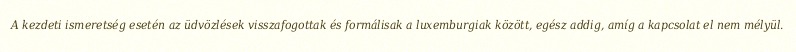
A kezdeti ismeretség esetén az üdvözlések visszafogottak és formálisak a luxemburgiak között, egész addig, amíg a kapcsolat el nem mélyül.